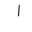
Letter: _alif